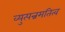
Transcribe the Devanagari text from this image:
व्युत्पन्नमतित्व